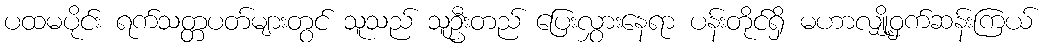
ပထမပိုင်း ရက်သတ္တပတ်များတွင် သူသည် သူဦးတည် ပြေးလွှားနေရာ ပန်းတိုင်ရှိ မဟာလျှို့ဝှက်ဆန်းကြယ်